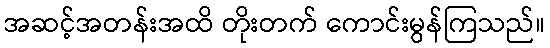
အဆင့်အတန်းအထိ တိုးတက် ကောင်းမွန်ကြသည်။